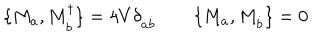
\{ M _ { \dot { a } } , M _ { \dot { b } } ^ { \dagger } \} = 4 V \delta _ { \dot { a } \dot { b } } \qquad \{ M _ { \dot { a } } , M _ { \dot { b } } \} = 0 .